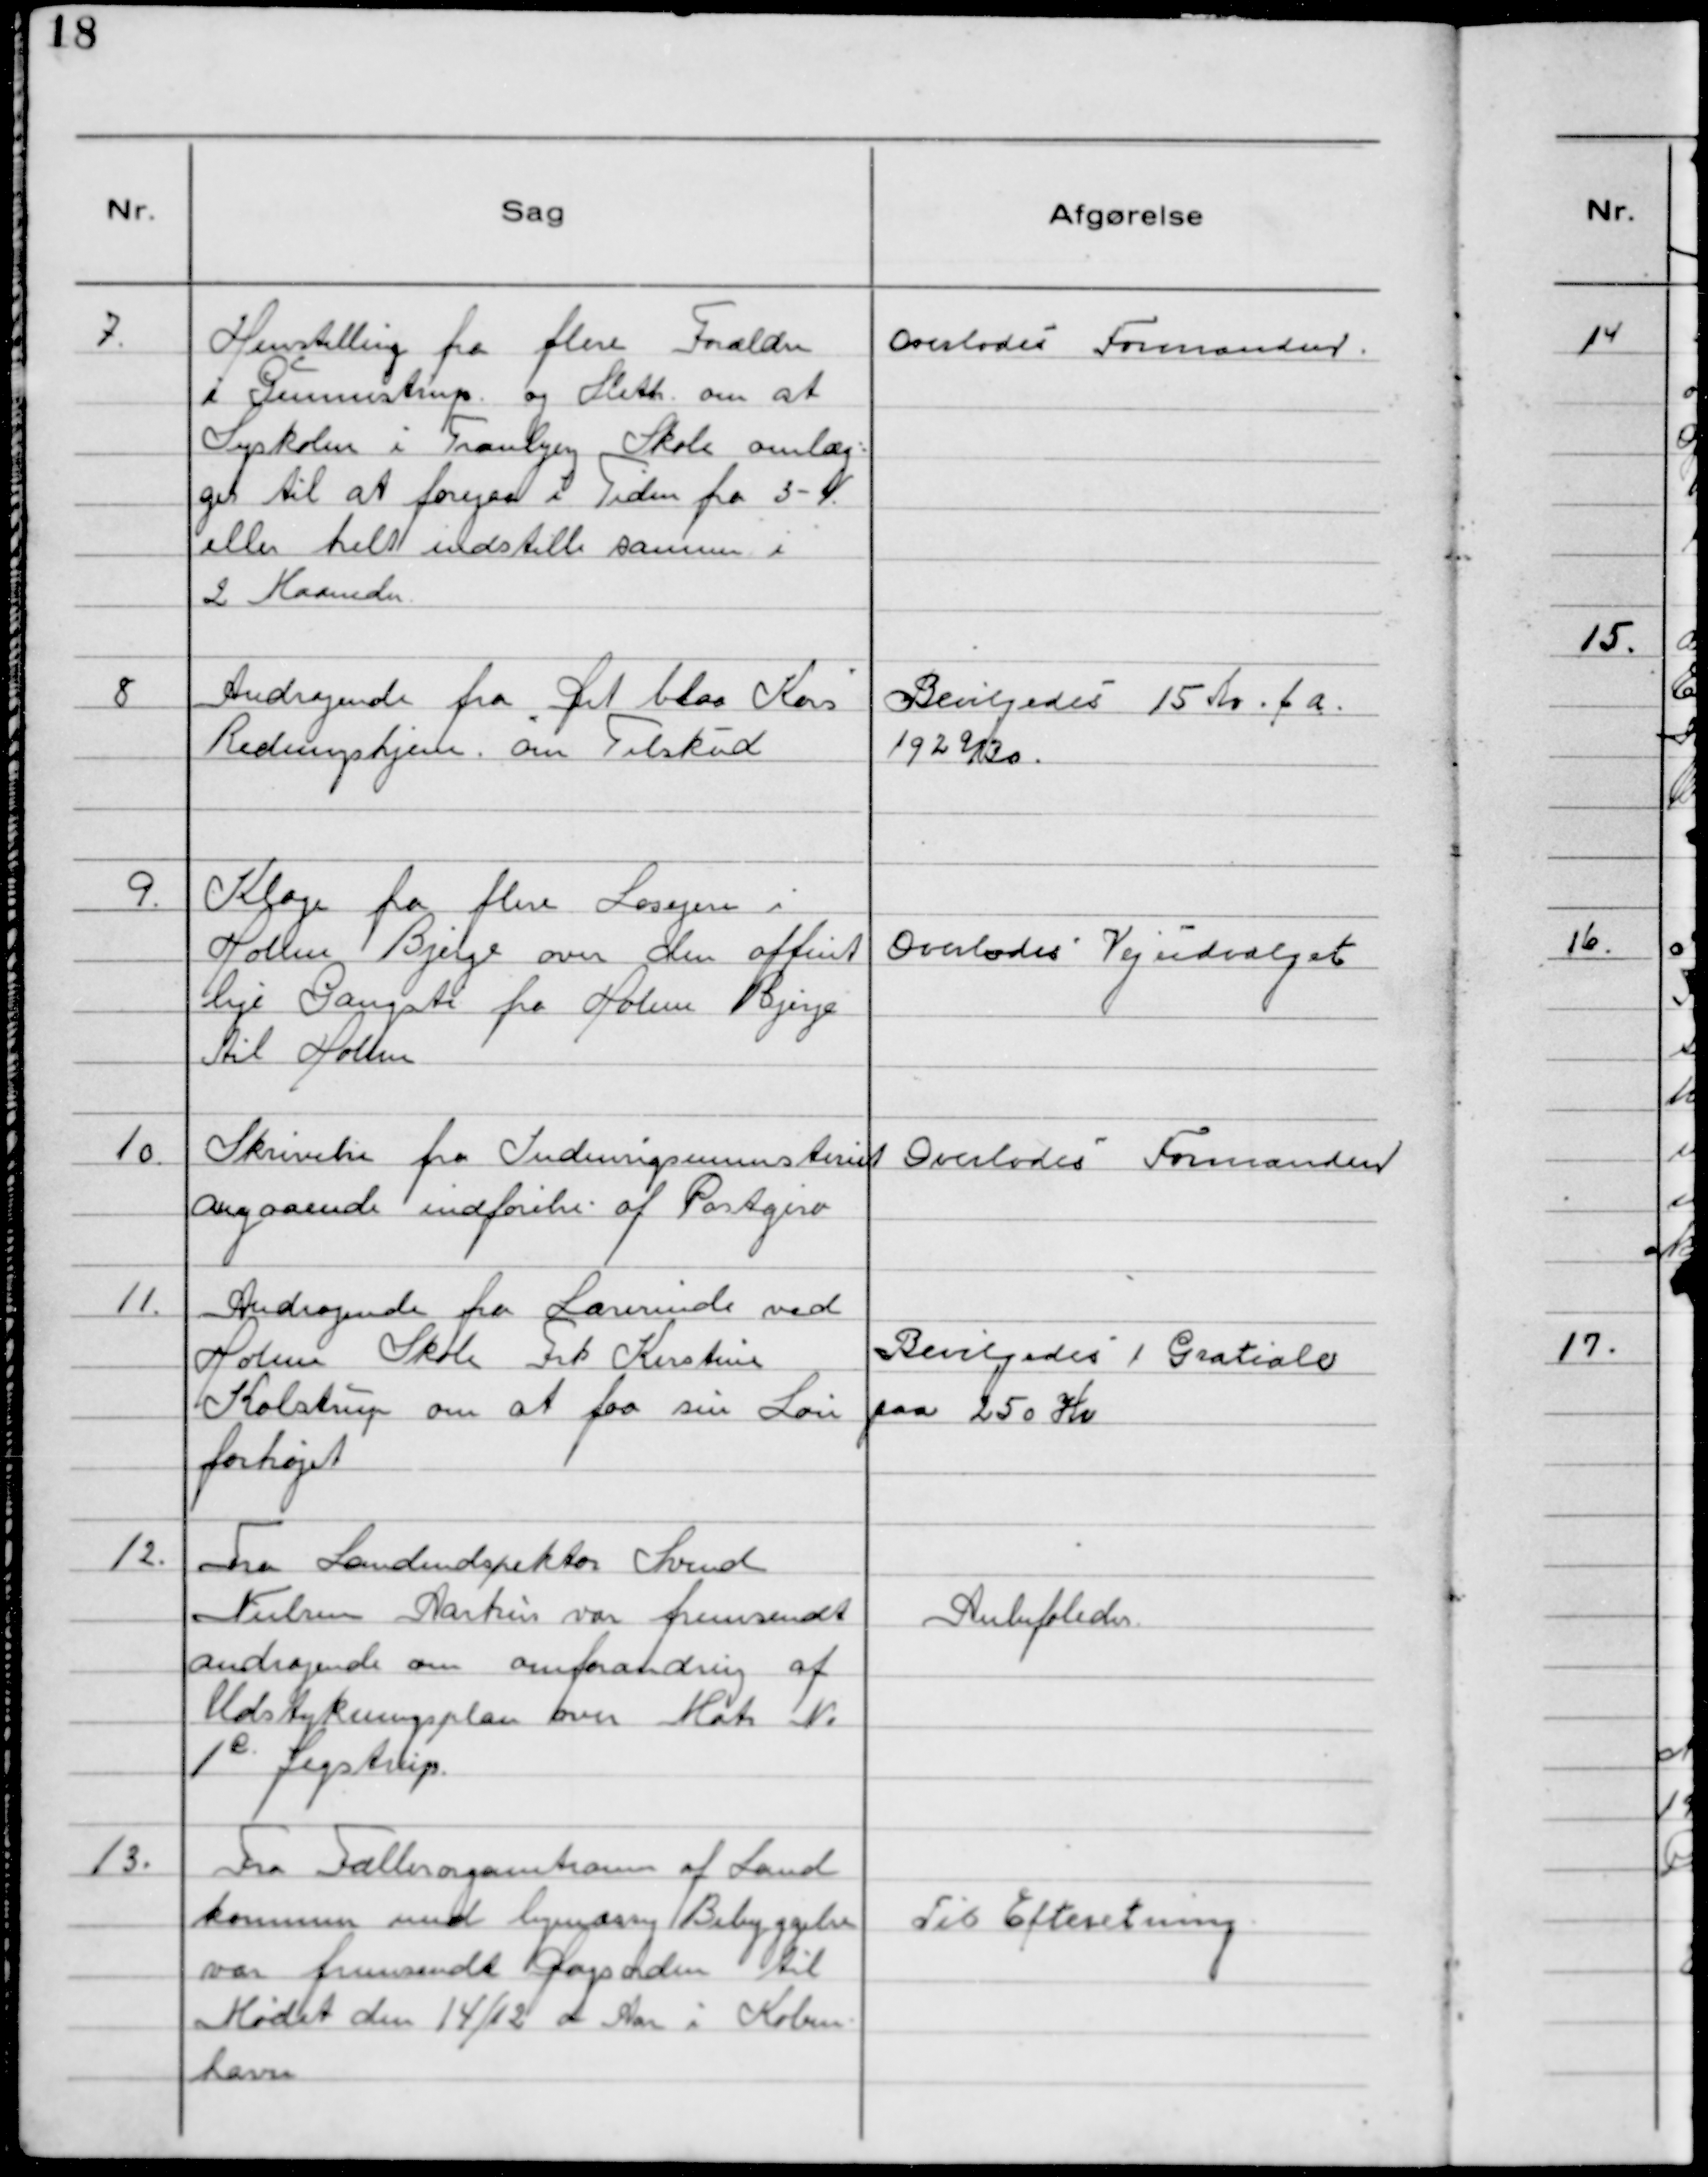
Transskription:
7. Henstilling fra flere Forældre
i Gũnnestrup. og Sleth. om at
Syskolen i Tranbjerg Skole omlæg-
ges til at foregaa i Tiden fra 3-4.
eller helt indstille samme i
2 Maaneder.

Overlodeś Formanden.

8 Andragende fra Det blaa Kors
Redningshjem. om Tilskud

Bevilgedeś 15 Kr. f a.
1929/30.

9. Klage fra flere Losejere i
Holme Bjerge om den offent
lige Gangsti fra Holme Bjerge
til Holme

Overlodes Vejūdvalget

10. Skrivelse fra Indenrigsministeriet
angaaende indførelse af Postgiro

Overlodes Formanden

11. Andragende fra Lærerinde ved
Holme Skole Frk Kirstine
Kolstrũp om at faa sin Løn
forhøjet

Bevilgedes 1 Gratiale
paa 250 Kr

12. Fra Landinspektør Svend
Nielsen Aarhūs var fremsendt
andragende om omforandring af
Udstykningsplan over Matr No
1c. Jegstrup.

Anbefaledes.

13. Fra Fællesorganisationen af Land
kommuner med bymæssig Bebyggelse
var fremsendt Dagsorden til
Mødet den 14/12 d Aar i Koben-
havn

Til Efterretning